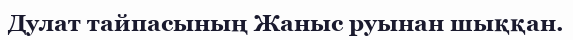
Дулат тайпасының Жаныс руынан шыққан.